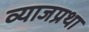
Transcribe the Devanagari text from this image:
व्याजप्रथा